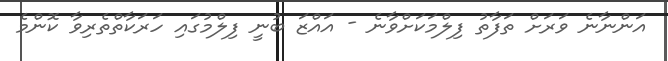
އަންނާނެ ވަރަށް ތަފާތު ފިލްމަކަށްވާނެ - އައްޒަ ބުނީ ފިލްމުގައި ހަަރަކާތްތެރިވާ ކޮންމެ